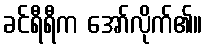
ခင်ရီရီက အော်လိုက်၏။